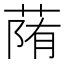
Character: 𦳉